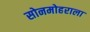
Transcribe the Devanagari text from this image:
सोनमोहराला